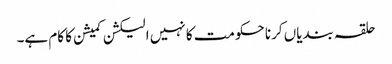
حلقہ بندیاں کرنا حکومت کا نہیں الیکشن کمیشن کا کام ہے۔